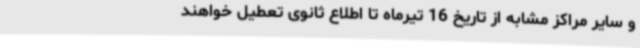
و سایر مراکز مشابه از تاریخ 16 تیرماه تا اطلاع ثانوی تعطیل خواهند